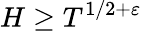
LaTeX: H\geq T^{1/2+\varepsilon}